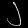
Digit: ၂